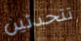
تتحدثين